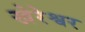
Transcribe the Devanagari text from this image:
खेरेश्वर